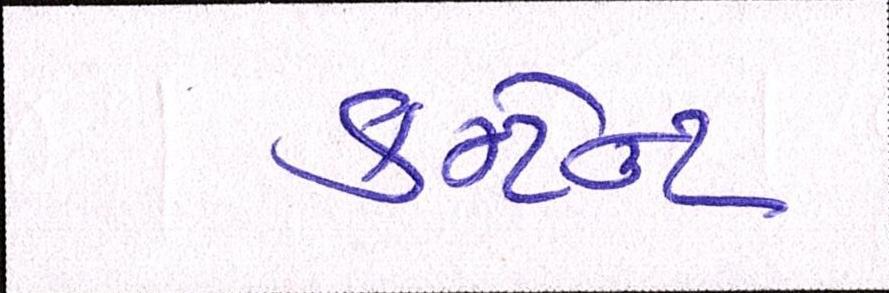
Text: કન્ટેન્ટ